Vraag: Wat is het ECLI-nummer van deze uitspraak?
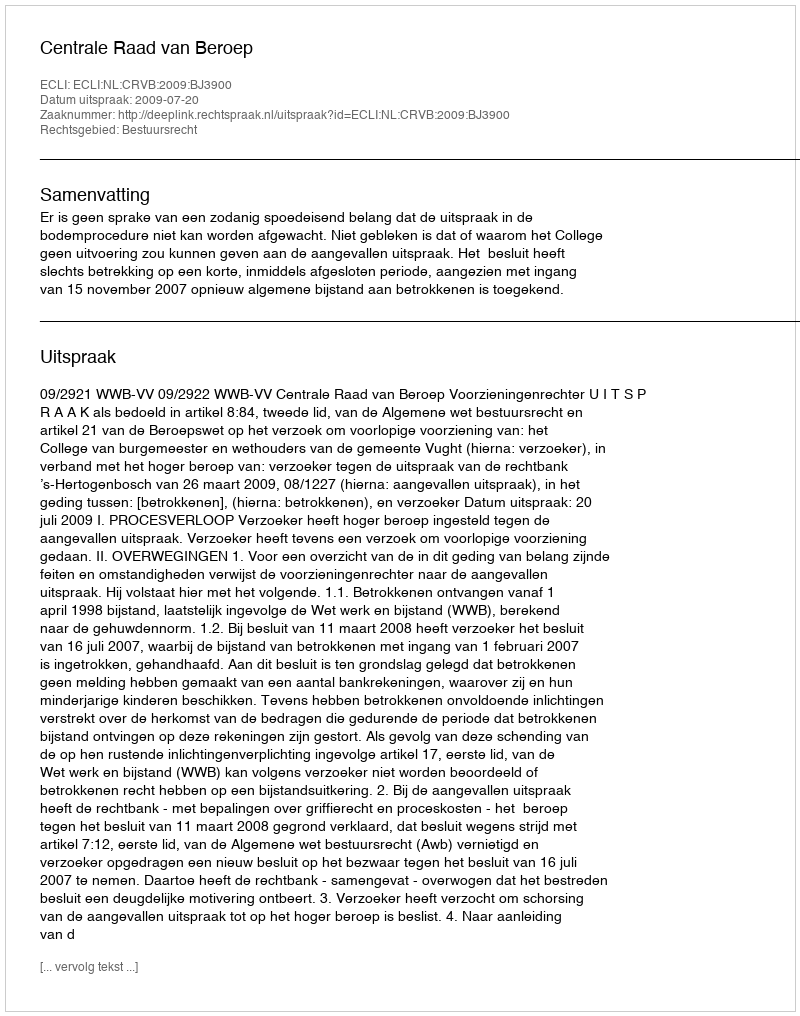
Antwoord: ECLI:NL:CRVB:2009:BJ3900